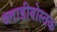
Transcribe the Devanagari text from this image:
व्लाडीवोस्तक